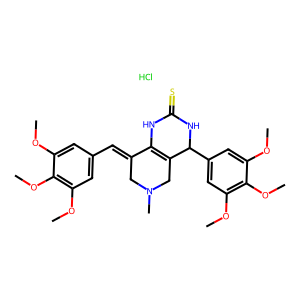
SMILES: COc1cc(C=C2CN(C)CC3=C2NC(=S)NC3c2cc(OC)c(OC)c(OC)c2)cc(OC)c1OC.Cl
Inhibits HIV replication: No